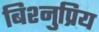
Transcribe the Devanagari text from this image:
बिश्नुप्रिय